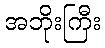
အဘိုးကြီး